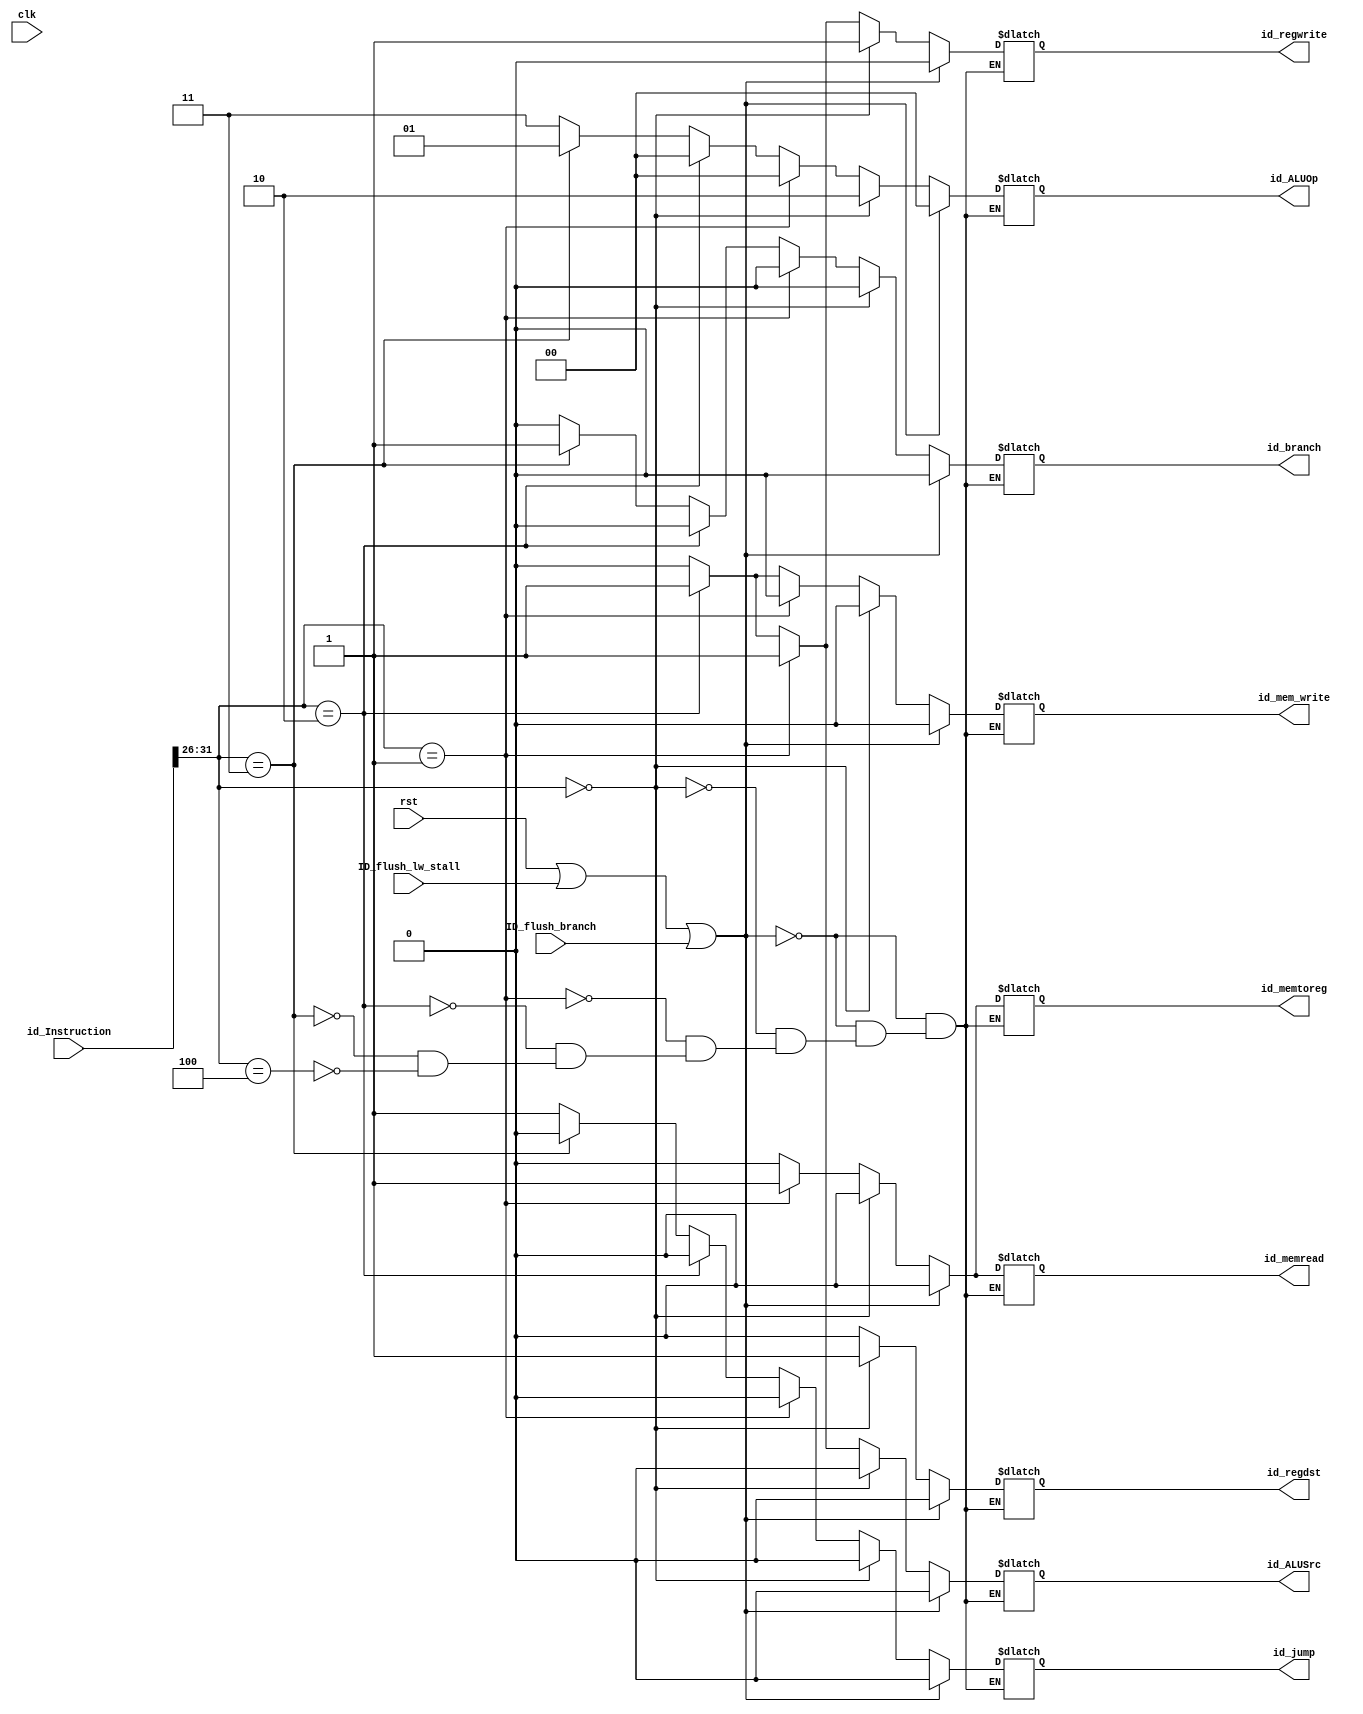
//CONTROL UNIT//
module Control#(parameter i_size=32)(
  input clk, rst,
  // Hazard control signals - lw, beq
  input ID_flush_lw_stall, ID_flush_branch,
  
  input [i_size-1:0] id_Instruction,
  output reg id_regwrite,id_memtoreg,id_mem_write,id_memread,id_ALUSrc,
  output reg id_regdst,id_jump,id_branch,
  output reg [1:0] id_ALUOp
);
      
  //setting the opcode according to our processor demands
  reg[5:0] rtype=6'd0,beq=6'd3,jump=6'd4;
  reg[5:0] itype_lw=6'd1,itype_sw=6'd2;
  
  wire [5:0] cu_opcode;
  assign cu_opcode=id_Instruction[31:26];
  //set the output control signals according to opcode
  //output logic
  always @* 
   begin
     if(rst==1'b1||ID_flush_lw_stall==1'b1 ||ID_flush_branch==1'b1)
        begin
              id_memread=1'b0;
              id_ALUSrc=1'b0;
              id_ALUOp=2'b00;
              id_regwrite=1'b0;
              id_regdst=1'b0;
              id_memtoreg=1'b0;
              id_mem_write=1'b0;
              id_branch=1'b0;
              id_jump=1'b0;
        end
      else
        begin
      case(cu_opcode)
        //rtype
          rtype: 
            begin 
              id_memread=1'b0;
              id_ALUSrc=1'b0;
              id_ALUOp=2'b10;
              id_regwrite=1'b1;
              id_regdst=1'b1;
              id_memtoreg=1'b0;
              id_mem_write=1'b0;
              id_branch=1'b0;
              id_jump=1'b0;
            end
        //for itype
          itype_lw: 
            begin
              id_memread=1'b1;
              id_ALUSrc=1'b1;
              id_ALUOp=2'b00;
              id_regwrite=1'b1;
              id_regdst=1'b0;
              id_memtoreg=1'b1;
              id_mem_write=1'b0;
              id_branch=1'b0;
              id_jump=1'b0;
          end
        
          itype_sw: 
            begin
              id_memread=1'b0;
              id_ALUSrc=1'b1;
              id_ALUOp=2'b00;
              id_regwrite=1'b1;
              id_regdst=1'b0;
              id_memtoreg=1'b0;
              id_mem_write=1'b1;
              id_branch=1'b0;
              id_jump=1'b0;
          end
        //for beq
          beq:
            begin
              id_memread=1'b0;
              id_ALUSrc=1'b0;
              id_ALUOp=2'b01;
              id_regwrite=1'b0;
              id_regdst=1'b0;
              id_memtoreg=1'b0;
              id_mem_write=1'b0;
              id_branch=1'b1;
              id_jump=1'b0;
          end
        //for jump
          jump: 
            begin
              id_memread=1'b0;
              id_ALUSrc=1'b0;
              id_ALUOp=2'b11;
              id_regwrite=1'b0;
              id_regdst=1'b0;
              id_memtoreg=1'b0;
              id_mem_write=1'b0;
              id_branch=1'b0;
              id_jump=1'b1;
          end     
      endcase
        end
  end
  
endmodule